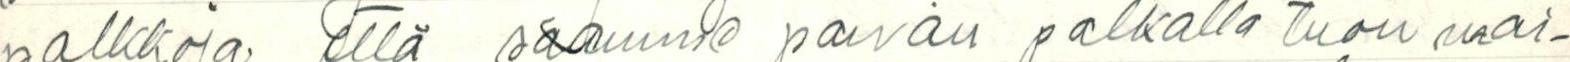
palkkoja että saamme päivän palkalla tuon mai-